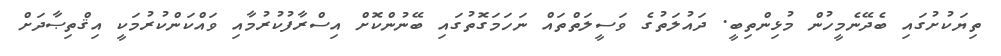
ތިޔަކުށުގައި ބެދޭނެމީހުން މުޅިންތިބީ. ދައުލަތުގެ ވަސީލަތްތައް ނަހަމަގޮތުގައި ބޭނުންކޮށް އިސްރާފުކުރުމާއި ވައްކަންކުރުމަކީ އިޤްތިޞާދަށް